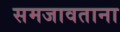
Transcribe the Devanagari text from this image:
समजावताना